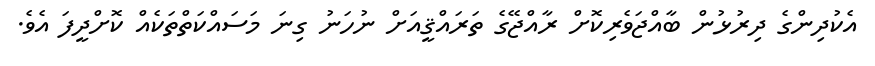
އެކުދިންގެ ދިރުޅުން ބާއްޖަވެރިކޮށް ރާއްޖޭގެ ތަރައްޤީއަށް ނުހަނު ގިނަ މަސައްކަތްތަކެއް ކޮށްދީފަ އެވެ.